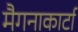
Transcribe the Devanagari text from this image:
मैगनाकार्टा